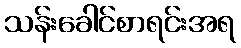
သန်းခေါင်စာရင်းအရ